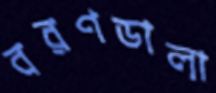
বরণডালা